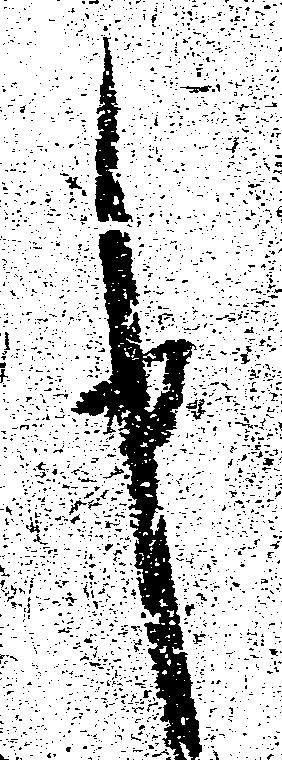
申